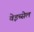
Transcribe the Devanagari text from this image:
वेइच्सेल